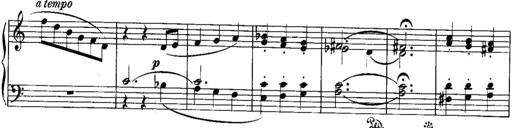
Title: Piano Sonatina No.1, Op.146
Composer: Stephen Heller